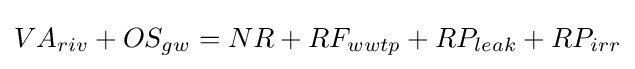
VA_{riv}+OS_{gw}=NR+RF_{wwtp}+RP_{leak}+RP_{irr}